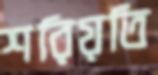
শরিয়তি